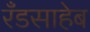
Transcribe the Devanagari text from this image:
रँडसाहेब